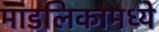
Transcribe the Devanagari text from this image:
मांडलिकामध्ये